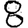
Digit: 8